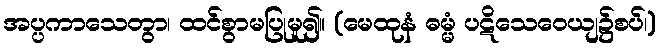
အပ္ပကာသေတွာ၊ ထင်စွာမပြုမူ၍။ (မေထုနံ ဓမ္မံ ပဋိသေဝေယျ၌စပ်၊)